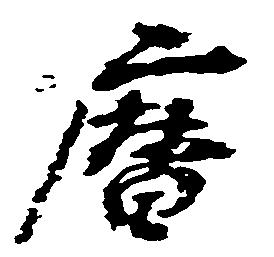
暦